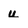
Character: u